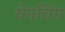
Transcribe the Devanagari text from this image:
येनचिंग